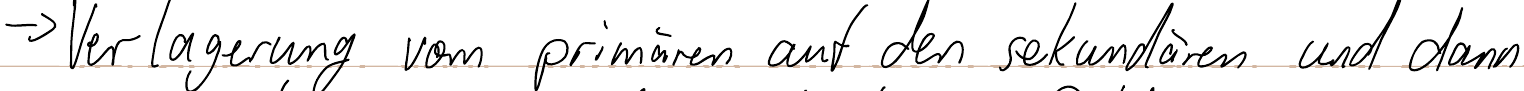
-> Verlagerung vom primären auf den sekundären und dann